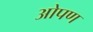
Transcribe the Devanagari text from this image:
ओपण